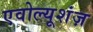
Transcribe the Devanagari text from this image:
एवोल्यूशंज़